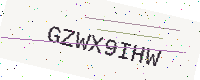
Text: GZWX9IHW